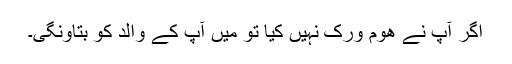
اگر آپ نے ھوم ورک نہیں کیا تو میں آپ کے والد کو بتاونگی۔